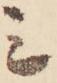
ミ